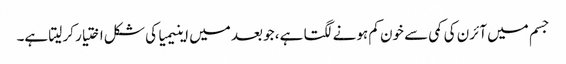
جسم میں آئرن کی کمی سے خون کم ہونے لگتا ہے، جو بعد میں اینیمیا کی شکل اختیار کر لیتا ہے۔